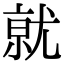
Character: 𭕒